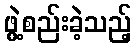
ဖွဲ့စည်းခဲ့သည့်